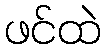
ဖင်ထဲ